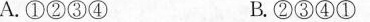
A.①②③④ B.②③④①